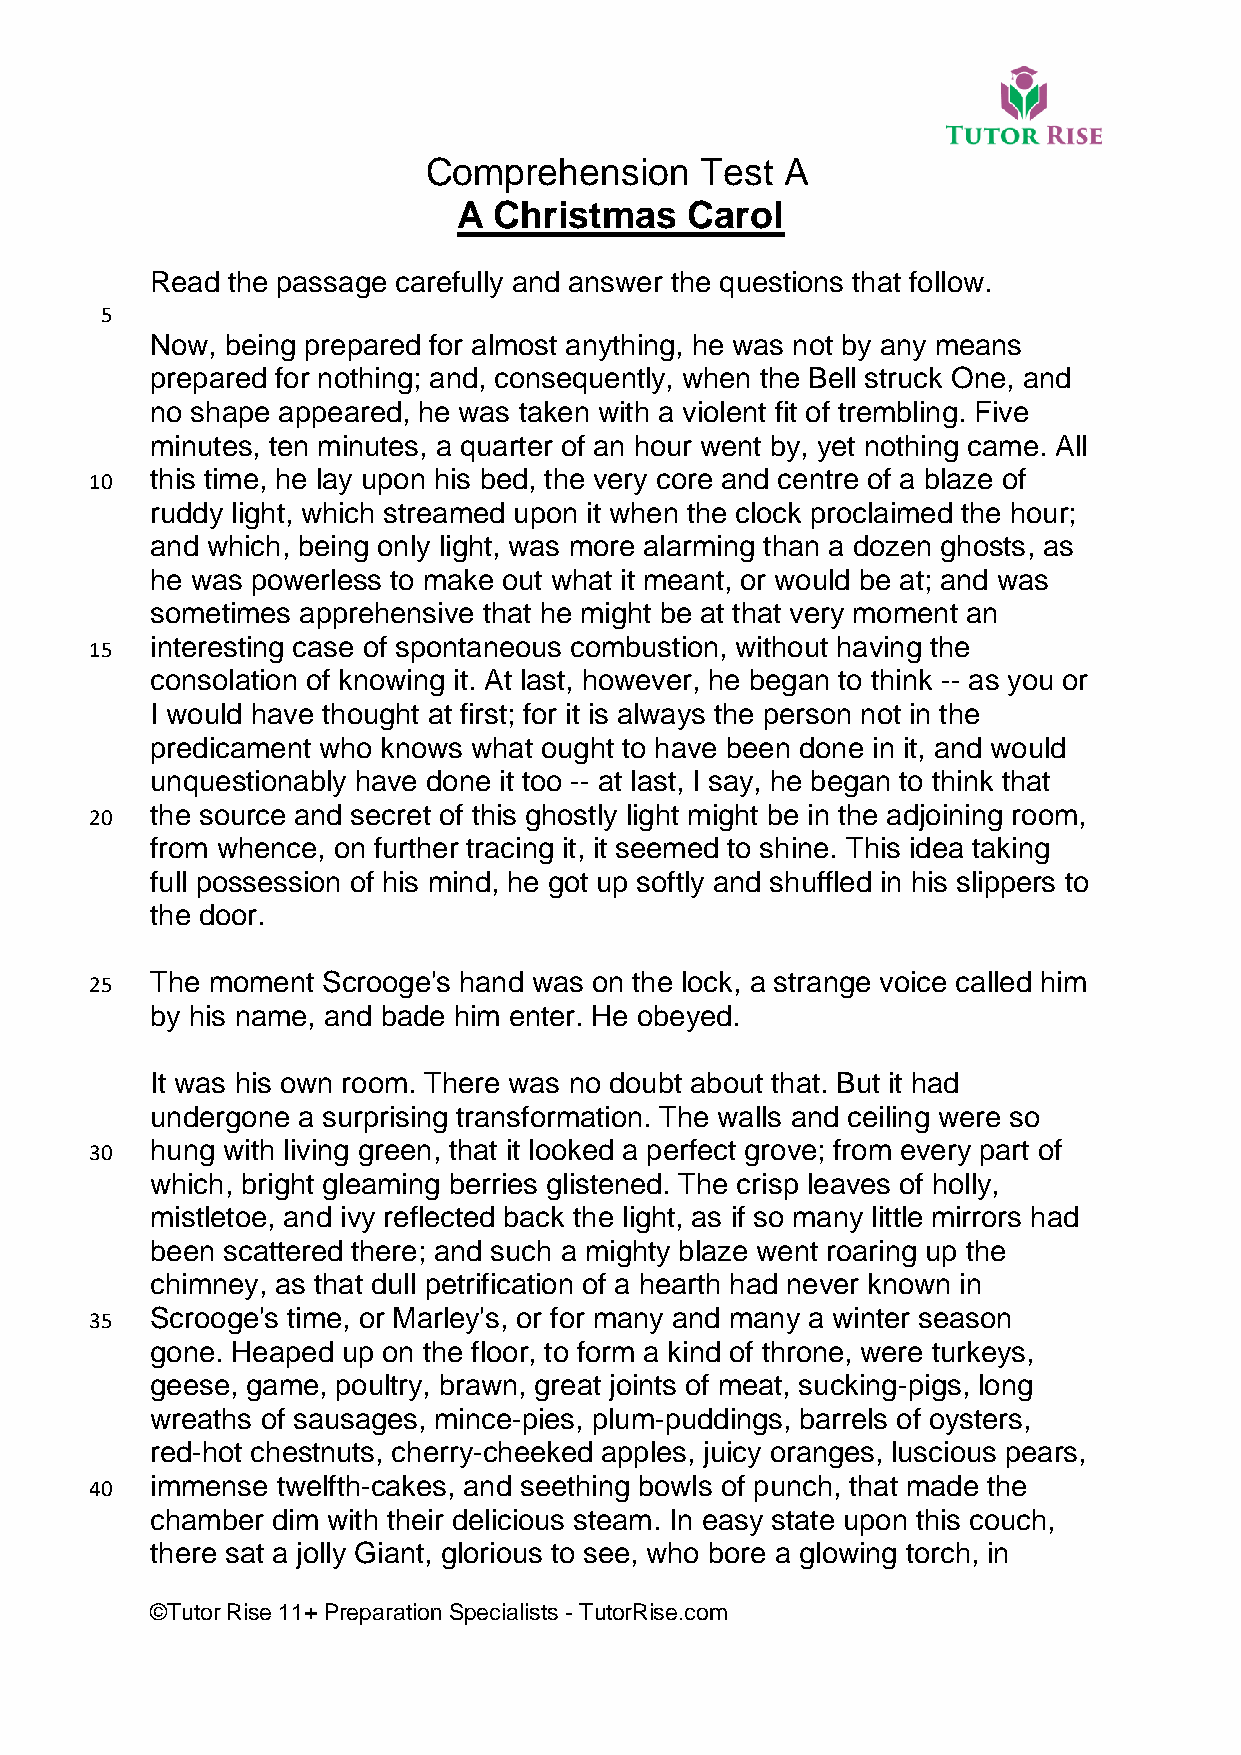
Comprehension     Test  A
 A  Christmas    Carol
 Read the passage carefully and answer the questions that follow.
 5
 Now, being prepared for almost anything, he was not by any means
 prepared for nothing; and, consequently, when the Bell struck One, and
 no shape appeared, he was taken with a violent fit of trembling. Five
 minutes, ten minutes, a quarter of an hour went by, yet nothing came. All
 10  this time, he lay upon his bed, the very core and centre of a blaze of
 ruddy light, which streamed upon it when the clock proclaimed the hour;
 and which, being only light, was more alarming than a dozen ghosts, as
 he was powerless to make out what it meant, or would be at; and was
 sometimes apprehensive that he might be at that very moment an
 15  interesting case of spontaneous combustion, without having the
 consolation of knowing it. At last, however, he began to think -- as you or
 I would have thought at first; for it is always the person not in the
 predicament who knows what ought to have been done in it, and would
 unquestionably have done it too -- at last, I say, he began to think that
 20  the source and secret of this ghostly light might be in the adjoining room,
 from whence, on further tracing it, it seemed to shine. This idea taking
 full possession of his mind, he got up softly and shuffled in his slippers to
 the door.
 25  The moment Scrooge's hand was on the lock, a strange voice called him
 by his name, and bade him enter. He obeyed.
 It was his own room. There was no doubt about that. But it had
 undergone a surprising transformation. The walls and ceiling were so
 30  hung with living green, that it looked a perfect grove; from every part of
 which, bright gleaming berries glistened. The crisp leaves of holly,
 mistletoe, and ivy reflected back the light, as if so many little mirrors had
 been scattered there; and such a mighty blaze went roaring up the
 chimney, as that dull petrification of a hearth had never known in
 35  Scrooge's time, or Marley's, or for many and many a winter season
 gone. Heaped up on the floor, to form a kind of throne, were turkeys,
 geese, game, poultry, brawn, great joints of meat, sucking-pigs, long
 wreaths of sausages, mince-pies, plum-puddings, barrels of oysters,
 red-hot chestnuts, cherry-cheeked apples, juicy oranges, luscious pears,
 40  immense twelfth-cakes, and seething bowls of punch, that made the
 chamber dim with their delicious steam. In easy state upon this couch,
 there sat a jolly Giant, glorious to see, who bore a glowing torch, in
 ©Tutor Rise 11+ Preparation Specialists - TutorRise.com